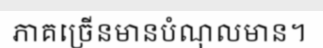
ភាគច្រើនមានបំណុលមាន។